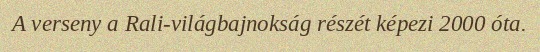
A verseny a Rali-világbajnokság részét képezi 2000 óta.